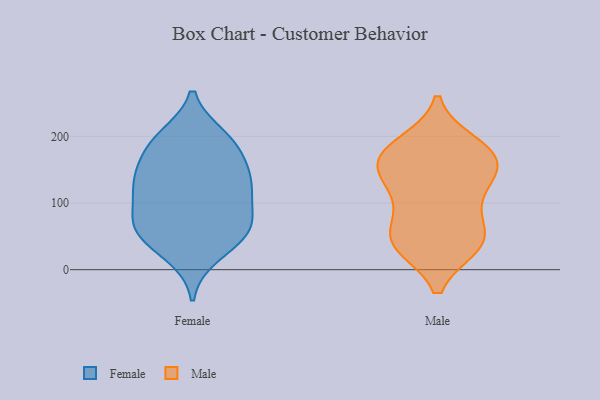
{"axis": {"x": "Shipments", "y": "Value"}, "legend": ["Female", "Male"], "data": [{"x": "", "y": 198, "type": "Female"}, {"x": "", "y": 126, "type": "Female"}, {"x": "", "y": 55, "type": "Female"}, {"x": "", "y": 178, "type": "Female"}, {"x": "", "y": 139, "type": "Female"}, {"x": "", "y": 191, "type": "Female"}, {"x": "", "y": 189, "type": "Female"}, {"x": "", "y": 44, "type": "Female"}, {"x": "", "y": 134, "type": "Female"}, {"x": "", "y": 23, "type": "Female"}, {"x": "", "y": 123, "type": "Female"}, {"x": "", "y": 67, "type": "Female"}, {"x": "", "y": 130, "type": "Female"}, {"x": "", "y": 69, "type": "Female"}, {"x": "", "y": 65, "type": "Female"}, {"x": "", "y": 85, "type": "Female"}, {"x": "", "y": 163, "type": "Male"}, {"x": "", "y": 181, "type": "Male"}, {"x": "", "y": 188, "type": "Male"}, {"x": "", "y": 37, "type": "Male"}, {"x": "", "y": 92, "type": "Male"}, {"x": "", "y": 135, "type": "Male"}, {"x": "", "y": 170, "type": "Male"}, {"x": "", "y": 46, "type": "Male"}, {"x": "", "y": 44, "type": "Male"}, {"x": "", "y": 42, "type": "Male"}, {"x": "", "y": 136, "type": "Male"}, {"x": "", "y": 40, "type": "Male"}, {"x": "", "y": 100, "type": "Male"}, {"x": "", "y": 171, "type": "Male"}, {"x": "", "y": 150, "type": "Male"}]}